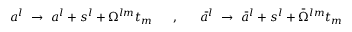
a ^ { l } ~ \rightarrow ~ a ^ { l } + s ^ { l } + \Omega ^ { l m } t _ { m } ~ ~ ~ ~ ~ , ~ ~ ~ ~ ~ \bar { a } ^ { l } ~ \rightarrow ~ \bar { a } ^ { l } + s ^ { l } + \bar { \Omega } ^ { l m } t _ { m }